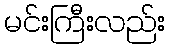
မင်းကြီးလည်း